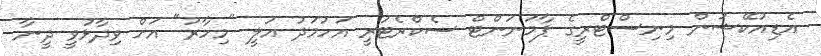
އެޑިއުކޭޝަން މިނިސްޓްރީގެ ޕާމަނަންޓް ސެކްރެޓަރީ އަހުމަދު އަލީ "މިހާރު" އަށް ވިދާޅުވީ ދީނާ